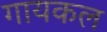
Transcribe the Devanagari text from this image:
गायकल